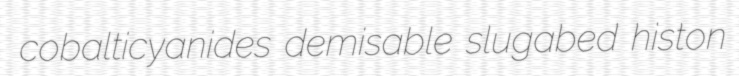
cobalticyanides demisable slugabed histon